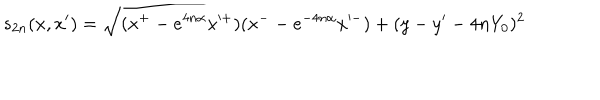
s _ { 2 n } ( x , x ^ { \prime } ) = \sqrt { ( x ^ { + } - e ^ { 4 n \alpha } x ^ { + } ) ( x ^ { - } - e ^ { - 4 n \alpha } x ^ { - } ) + ( y - y ^ { \prime } - 4 n Y _ { 0 } ) ^ { 2 } }